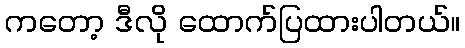
ကတော့ ဒီလို ထောက်ပြထားပါတယ်။